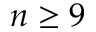
n \geq 9